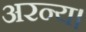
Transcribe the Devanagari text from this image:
अरन्य।